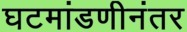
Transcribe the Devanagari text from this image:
घटमांडणीनंतर